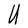
Character: U